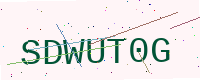
Text: SDWUT0G